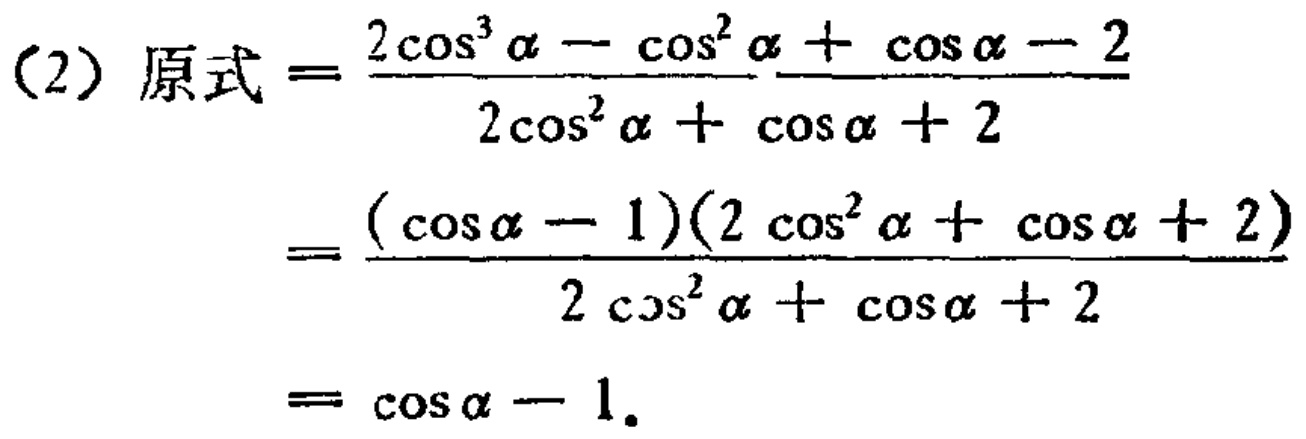
(2) 原式$=\frac{2\cos^{3}\alpha - \cos^{2}\alpha + \cos\alpha - 2}{2\cos^{2}\alpha + \cos\alpha + 2}$

$=\frac{(\cos\alpha - 1)(2\cos^{2}\alpha + \cos\alpha + 2)}{2\cos^{2}\alpha + \cos\alpha + 2}$

$= \cos\alpha - 1.$